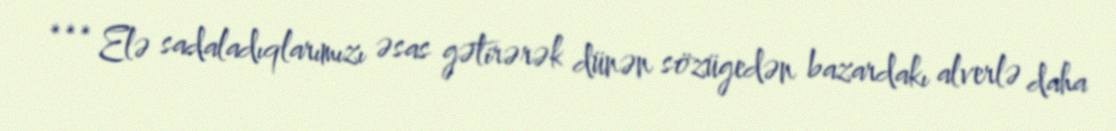
*** Elə sadaladıqlarımızı əsas gətirərək dünən sözügedən bazardakı alverlə daha